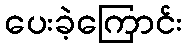
ပေးခဲ့ကြောင်း